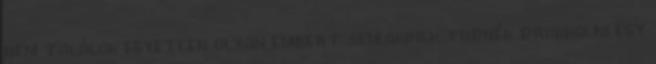
nem találok egyetlen olyan embert sem,akinek tudnék drukkolni egy